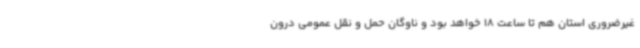
غیرضروری استان هم تا ساعت 18 خواهد بود و ناوگان حمل و نقل عمومی درون